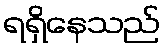
ရရှိနေသည်